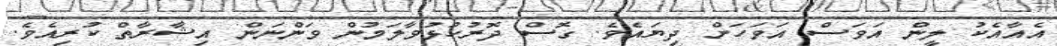
އެއާއެކު ލީން އަވަސް އަވަހަށް ދިޔައެވެ. ގޮސް ދޮރުހުޅުވާލަމުން ވަންނަން އިޝާރާތް ކުރިއެވެ.